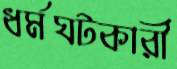
ধর্মঘটকারী